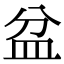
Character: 盆